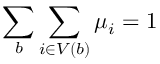
\sum _ { b } \sum _ { i \in V ( b ) } \mu _ { i } = 1